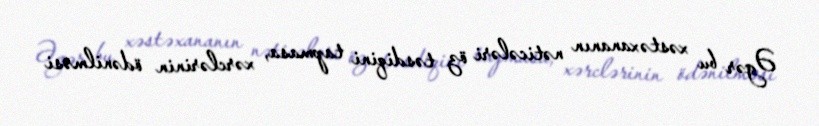
Əgər bu xəstəxananın nəticələri öz təsdiqini tapmasa, xərclərinin ödənilməsi